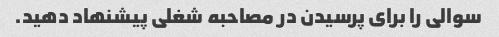
سوالی را برای پرسیدن در مصاحبه شغلی پیشنهاد دهید.